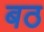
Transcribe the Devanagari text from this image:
बठ